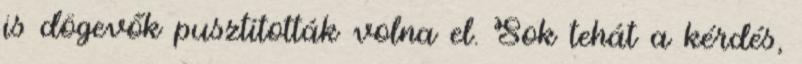
is dögevők pusztították volna el. Sok tehát a kérdés,